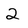
Character: 2